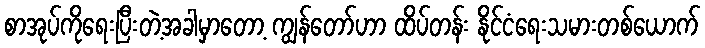
စာအုပ်ကိုရေးပြီးတဲ့အခါမှာတော့ ကျွန်တော်ဟာ ထိပ်တန်း နိုင်ငံရေးသမားတစ်ယောက်